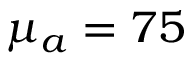
\mu _ { a } = 7 5